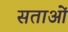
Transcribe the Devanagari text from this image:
सताओं